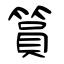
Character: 篔